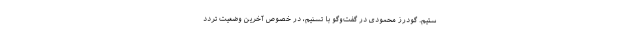
ستیم.‌ گودرز محمودی در گفت‌وگو با تسنیم، در خصوص آخرین وضعیت تردد